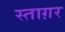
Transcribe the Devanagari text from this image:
स्ताग़र